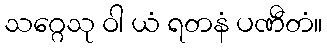
သဂ္ဂေသု ဝါ ယံ ရတနံ ပဏီတံ။